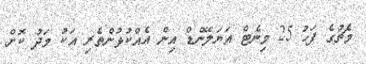
މެޗުގެ ފަހު 25 މިނެޓް އަޔަލޭންޑް އިން އެއްކުޅުންތެރި އަކު މަދު ކޮށް